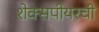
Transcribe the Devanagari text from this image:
शेक्सपीयरची